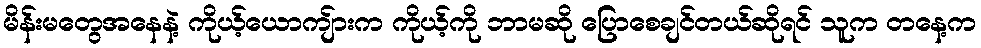
မိန်းမတွေအနေနဲ့ ကိုယ့်ယောကျ်ားက ကိုယ့်ကို ဘာမဆို ပြောစေချင်တယ်ဆိုရင် သူက တနေ့က